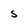
Character: S